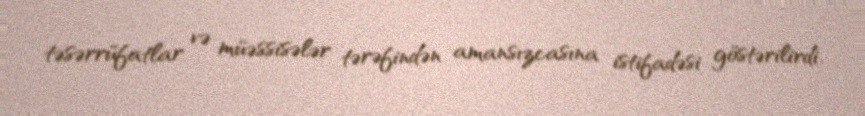
təsərrüfatlar və müəssisələr tərəfindən amansızcasına istifadəsi göstərilirdi.